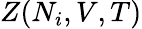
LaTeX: Z(N_{i},V,T)